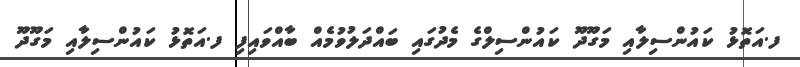
ފ.އަތޮޅު ކައުންސިލާއި މަގޫދޫ ކައުންސިލްގެ މެދުގައި ބައްދަލުވުމެއް ބާއްވައިފި ފ.އަތޮޅު ކައުންސިލާއި މަގޫދޫ